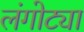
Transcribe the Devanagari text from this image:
लंगोट्या